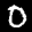
Label: 0